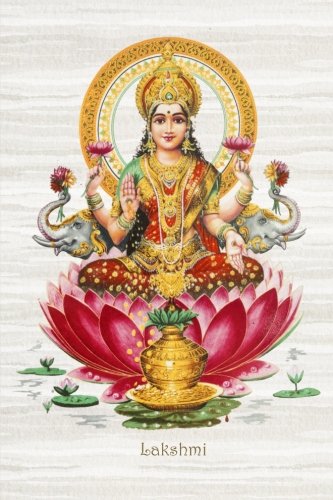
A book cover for Lakshmi: 200-page Blank Writing Journal with the Hindu Goddess of Wealth, Fortune and Prosperity on the Cover (6 x 9 Inches) (Symbology Series of Writing Journals) (Volume 7); The Mindful Word; Religion & Spirituality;